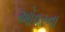
ઓવરના